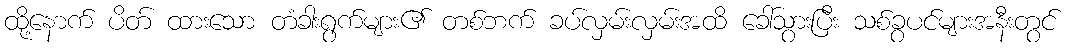
ထို့နောက် ပိတ် ထားသော တံခါးရွက်များ၏ တစ်ဘက် ခပ်လှမ်းလှမ်းအထိ ခေါ်သွားပြီး သစ်ခွပင်များအနီးတွင်